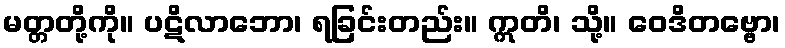
မတ္တတို့ကို။ ပဋိလာဘော၊ ရခြင်းတည်း။ ဣတိ၊ သို့။ ဝေဒိတဗ္ဗော၊